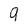
Character: 9